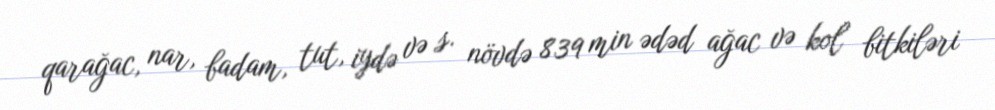
qarağac, nar, badam, tut, iydə və s. növdə 839 min ədəd ağac və kol bitkiləri